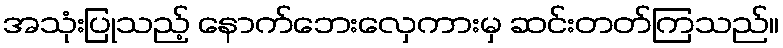
အသုံးပြုသည့် နောက်ဘေးလှေကားမှ ဆင်းတတ်ကြသည်။